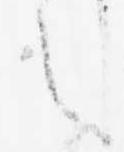
之